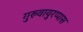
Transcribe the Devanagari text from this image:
गुरुवायुरप्पास